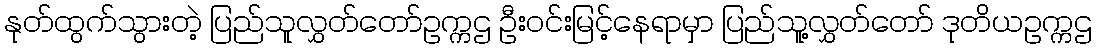
နုတ်ထွက်သွားတဲ့ ပြည်သူလွှတ်တော်ဥက္ကဌ ဦးဝင်းမြင့်နေရာမှာ ပြည်သူ့လွှတ်တော် ဒုတိယဥက္ကဌ